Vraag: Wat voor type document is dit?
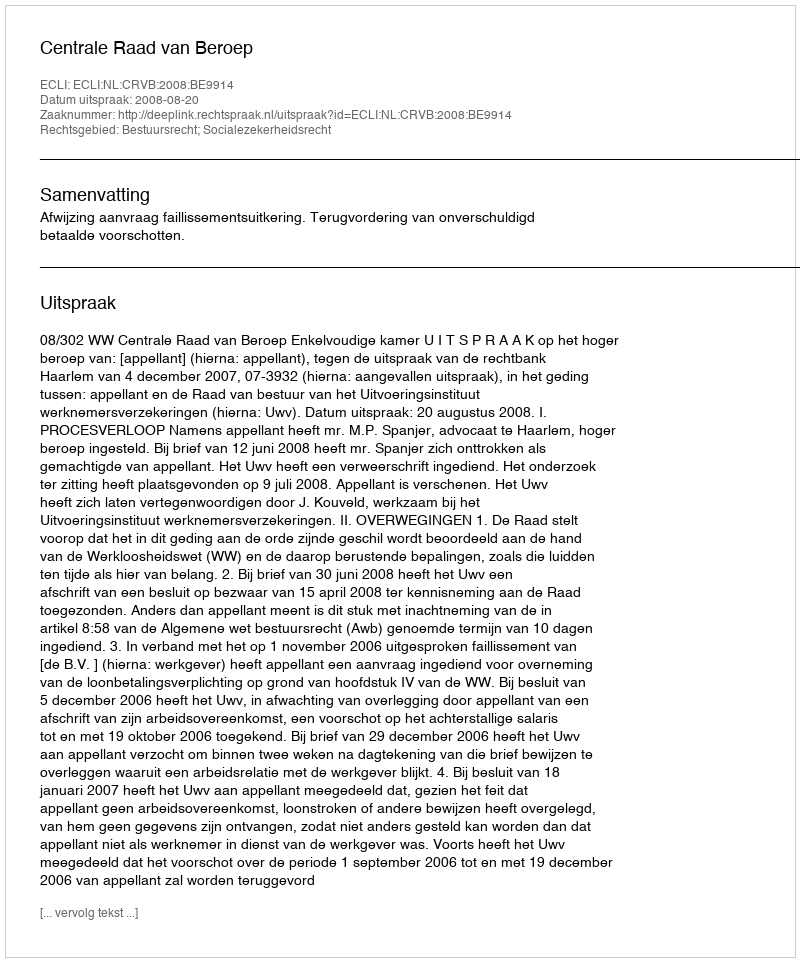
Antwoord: Uitspraak